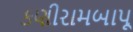
કણીરામબાપૂ